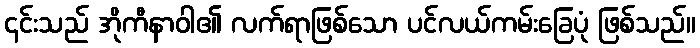
၎င်းသည် အိုကီနာဝါ၏ လက်ရာဖြစ်သော ပင်လယ်ကမ်းခြေပုံ ဖြစ်သည်။